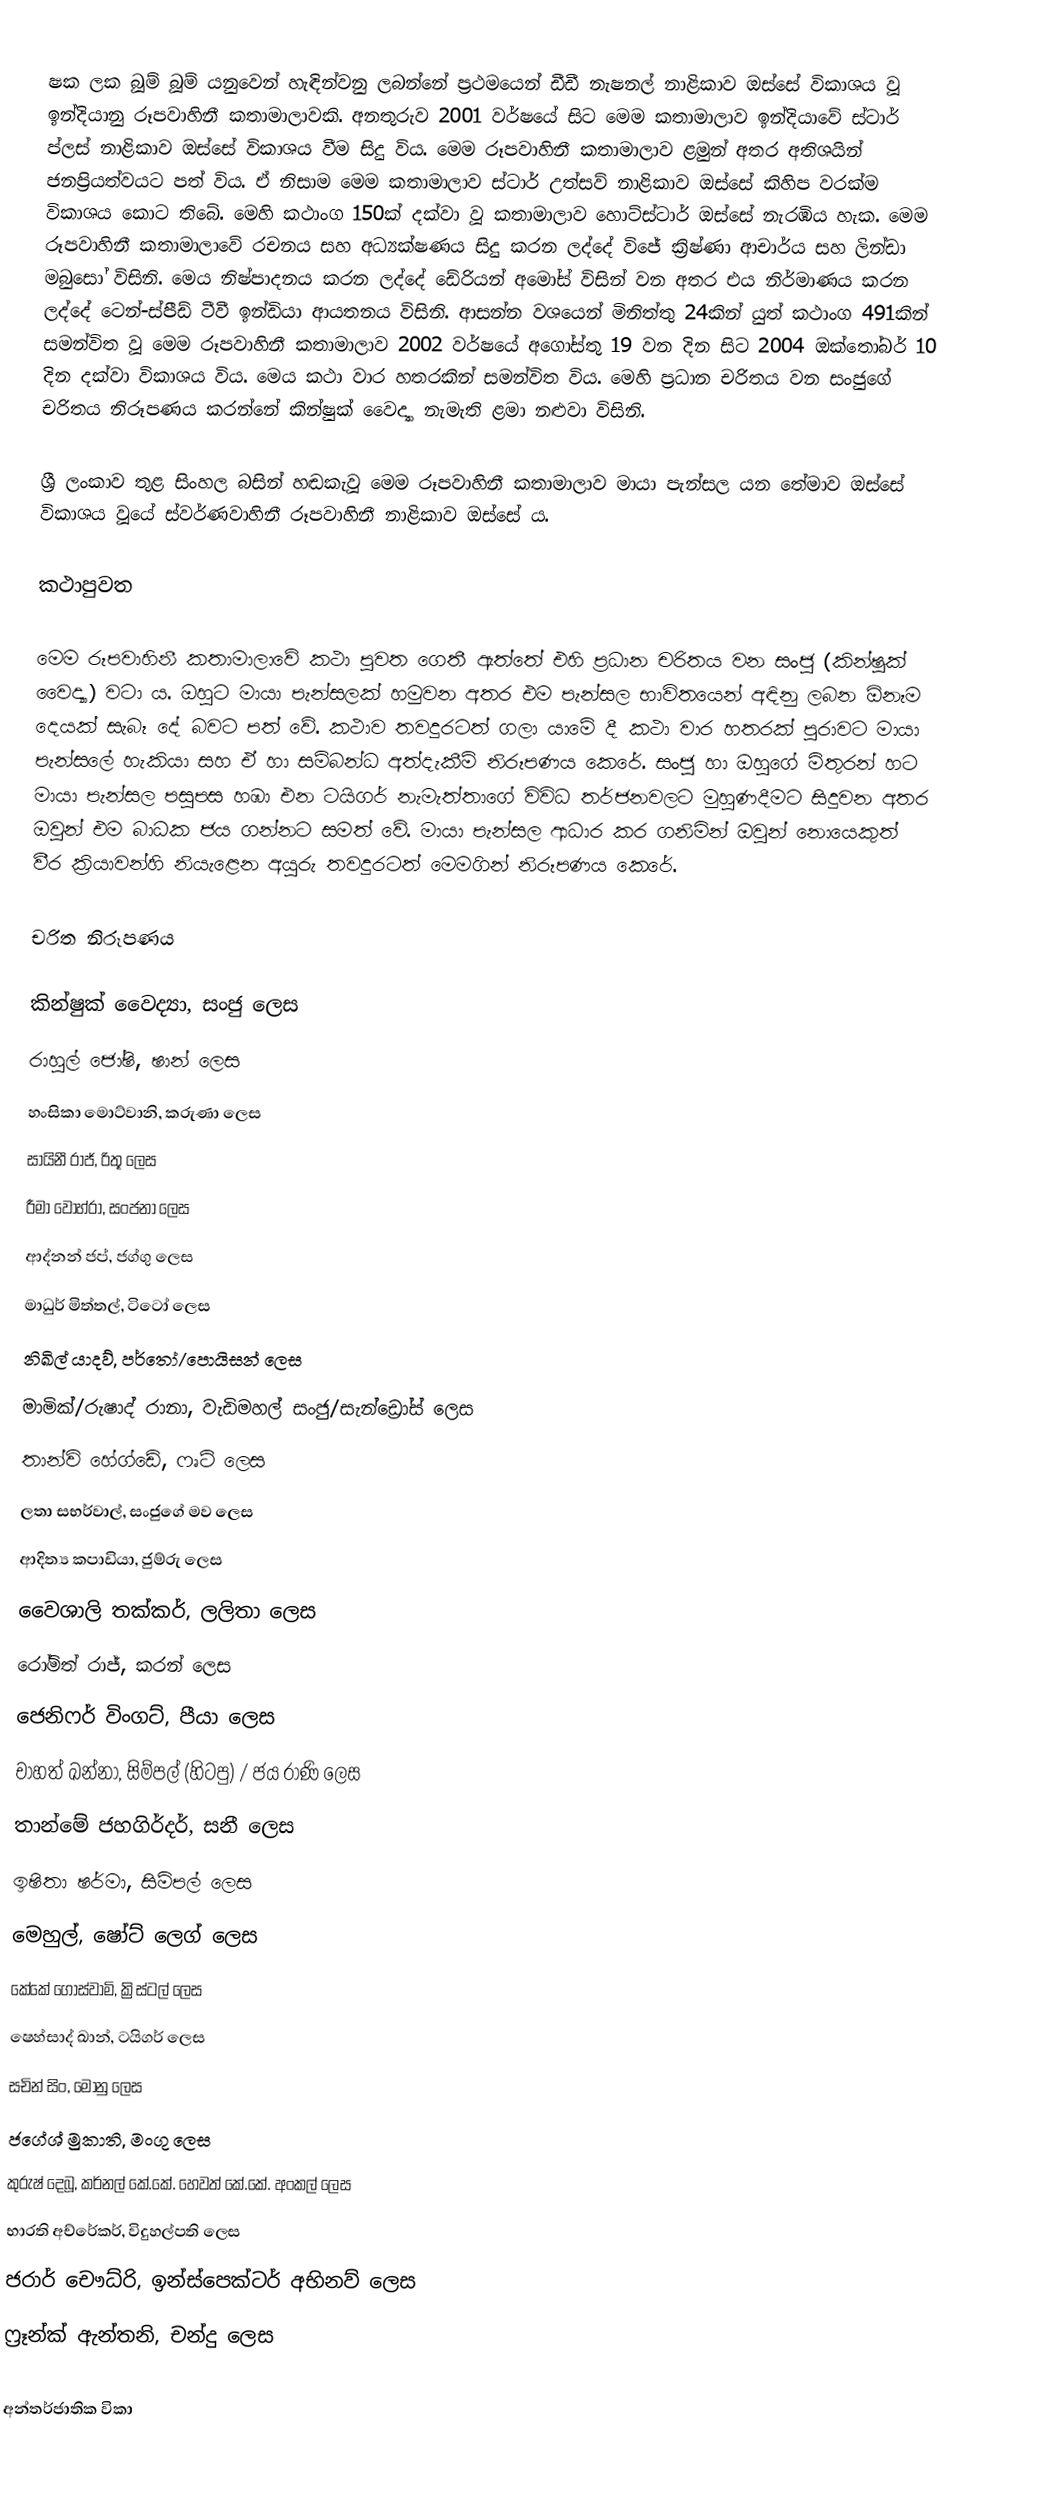
ෂක ලක බූම් බූම් යනුවෙන් හැඳින්වනු ලබන්නේ ප්‍රථමයෙන් ඩීඩී නැෂනල් නාළිකාව ඔස්සේ විකාශය වූ ඉන්දියානු රූපවාහිනී කතාමාලාවකි. අනතුරුව 2001 වර්ෂයේ සිට මෙම කතාමාලාව ඉන්දියාවේ ස්ටාර් ප්ලස් නාළිකාව ඔස්සේ විකාශය වීම සිදු විය. මෙම රූපවාහිනී කතාමාලාව ළමුන් අතර අතිශයින් ජනප්‍රියත්වයට පත් විය. ඒ නිසාම මෙම කතාමාලාව ස්ටාර් උත්සව් නාළිකාව ඔස්සේ කිහිප වරක්ම විකාශය කොට තිබේ. මෙහි කථාංග 150ක් දක්වා වූ කතාමාලාව ‍හොට්ස්ටාර් ඔස්සේ නැරඹිය හැක. මෙම රූපවාහිනී කතාමාලාවේ රචනය සහ අධ්‍යක්ෂණය සිදු කරන ලද්දේ විජේ ක්‍රිෂ්ණා ආචාර්ය සහ ලින්ඩා මබුසෝ විසිනි. මෙය නිෂ්පාදනය කරන ලද්දේ ඩේරියන් අ‍මෝස් විසින් වන අතර එය නිර්මාණය කරන ලද්දේ ටෙන්-ස්පීඩ් ටීවී ඉන්ඩියා ආයතනය විසිනි. ආසන්න වශයෙන් මිනිත්තු 24කින් යුත් කථාංග 491කින් සමන්විත වූ මෙම රූපවාහිනී කතාමාලාව 2002 වර්ෂයේ අගෝස්තු 19 වන දින සිට 2004 ඔක්තෝබර් 10 දින දක්වා විකාශය විය. මෙය කථා වාර හතරකින් සමන්විත විය. මෙහි ප්‍රධාන චරිතය වන සංජුගේ චරිතය නිරූපණය කරන්නේ කින්ෂුක් වෛද්‍යා නැමැති ළමා නළුවා විසිනි.

ශ්‍රී ලංකාව තුළ සිංහල බසින් හඬකැවූ මෙම රූපවාහිනී කතාමාලාව මායා පැන්සල යන තේමාව ඔස්සේ විකාශය වූයේ ස්වර්ණවාහිනී රූපවාහිනී නාළිකාව ඔස්සේ ය.

කථාපුවත

මෙම රූපවාහිනී කතාමාලාවේ කථා පුවත ගෙතී ඇත්තේ එහි ප්‍රධාන චරිතය වන සංජු (කින්ෂුක් වෛද්‍යා) වටා ය. ඔහුට මායා පැන්සලක් හමුවන අතර එම පැන්සල භාවිතයෙන් අඳිනු ලබන ඕනෑම දෙයක් සැබෑ දේ බවට පත් වේ. කථාව තවදුරටත් ගලා යාමේ දී කථා වාර හතරක් පුරාවට මායා පැන්සලේ හැකියා සහ ඒ හා සම්බන්ධ අත්දැකීම් නිරූපණය කෙරේ. සංජු හා ඔහුගේ මිතුරන් හට මායා පැන්සල පසුපස හඹා එන ටයිගර් නැමැත්තාගේ විවිධ තර්ජනවලට මුහුණදීමට සිදුවන අතර ඔවුන් එම බාධක ජය ගන්නට සමත් වේ. මායා පැන්සල ආධාර කර ගනිමින් ඔවුන් නොයෙකුත් වීර ක්‍රියාවන්හි නියැළෙන අයුරු තවදුරටත් මෙමගින් නිරූපණය කෙරේ.

චරිත නිරූපණය

කින්ෂුක් වෛද්‍යා, සංජු ලෙස
රාහුල් ජෝෂි, ෂාන් ලෙස
හංසිකා මොට්වානි, කරුණා ලෙස
සායිනී රාජ්, රිතූ ලෙස
රීමා වොහ්රා, සංජනා ලෙස
ආද්නන් ජප්, ජග්ගු ලෙස
මාධුර් මිත්තල්, ටිටෝ ලෙස
නිඛිල් යාදව්, පර්තෝ/පොයිසන් ලෙස
මාමික්/රුෂාද් රානා, වැඩිමහල් සංජු/සැන්ඩ්‍රෝස් ලෙස
තාන්වි හේග්ඩේ, ෆෘටි ලෙස
ලතා සභර්වාල්, සංජුගේ මව ලෙස
ආදිත්‍ය කපාඩියා, ජුම්රු ලෙස
වෛශාලි තක්කර්, ලලිතා ලෙස
රෝමිත් රාජ්, කරන් ලෙස
ජෙනිෆර් විංගට්, පීයා ලෙස
චාහත් ඛන්නා, සිම්පල් (හිටපු) / ජය රාණි ලෙස
තාන්මේ ජහගිර්දර්, සනී ලෙස
ඉෂිතා ෂර්මා, සිම්පල් ලෙස
මෙහුල්, ෂෝට් ලෙග් ලෙස
කේකේ ගෝස්වාමි, ක්‍රිස්ටල් ලෙස
ෂෙහ්සාද් ඛාන්, ටයිගර් ලෙස
සචින් සිං, මෝනු ලෙස
ජගේශ් මුකාති, මංගු ලෙස
කුරුෂ් දෙබූ, කර්නල් කේ.කේ. හෙවත් කේ.කේ. අංකල් ලෙස
භාරති අච්රේකර්, විදුහල්පති ලෙස
ජරාර් චෞධ්රි, ඉන්ස්පෙක්ටර් අභිනව් ලෙස
ෆ්‍රෑන්ක් ඇන්තනි, චන්දු ලෙස

අන්තර්ජාතික විකා